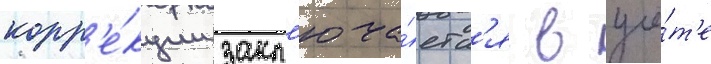
корр'е́кции закл'юча́етс'я в учё́т'е